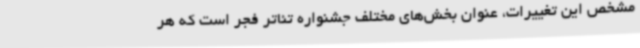
مشخص این تغییرات، عنوان بخش‌های مختلف جشنواره تئاتر فجر است که هر